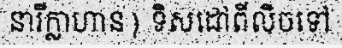
នារីក្លាហាន) ទិសដៅពីលិចទៅ